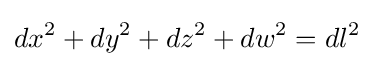
dx^{2}+dy^{2}+dz^{2}+dw^{2}=dl^{2}